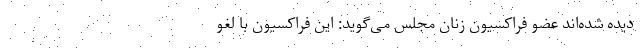
دیده شده‌اند عضو فراکسیون زنان مجلس می‌گوید: این فراکسیون با لغو